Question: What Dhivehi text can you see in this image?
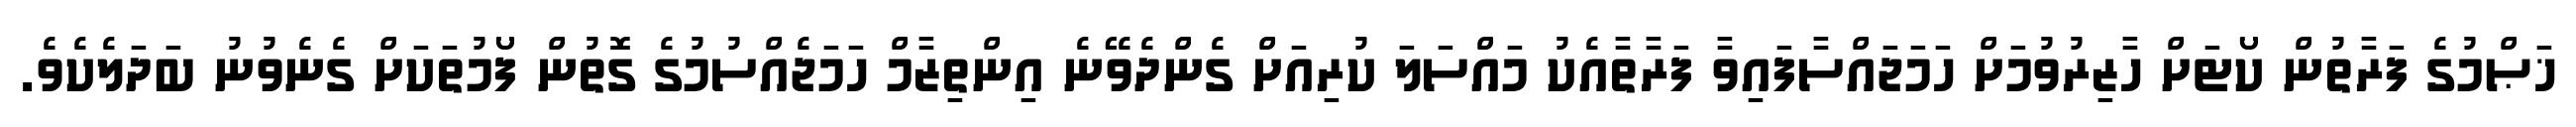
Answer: ޚަޞްމުގެ ފަރާތުން ކޯޓަށް ހާޒިރުވުމަށް ހަމަޖައްސާފައިވާ ފަރާތާއެކު މައްސަލަ ކުރިއަށް ގެންދެވޭނެ އިންތިޒާމް ހަމަޖެއްސުމުގެ ގޮތުން ފޯމުތަކަށް ގެނެވުނު ބަދަލެކެވެ.